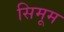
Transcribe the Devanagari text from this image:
सिमूम